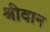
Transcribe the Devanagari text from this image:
श्रीवान